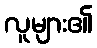
လူများ၏